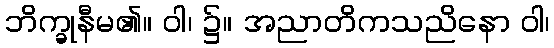
ဘိက္ခုနီမ၏။ ဝါ၊ ၌။ အညာတိကသညိနော ဝါ၊